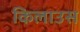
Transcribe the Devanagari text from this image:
किलाउस